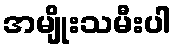
အမျိုးသမီးပါ